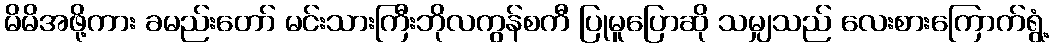
မိမိအဖို့ကား ခမည်းတော် မင်းသားကြီးဘိုလကွန်စကီ ပြုမူပြောဆို သမျှသည် လေးစားကြောက်ရွံ့